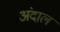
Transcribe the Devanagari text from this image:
अंदाल